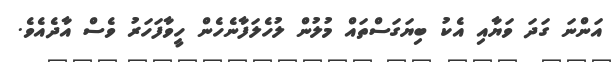
އަންނަ ގަދަ ވަޔާއި އެކު ބިޔަގަސްތައް މުލުން ލުހެލަފާނެހެން ހީވާފަހަރު ވެސް އާދެއެވެ.